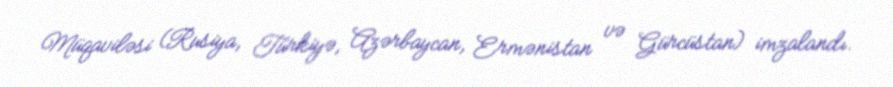
Müqaviləsi (Rusiya, Türkiyə, Azərbaycan, Ermənistan və Gürcüstan) imzalandı.